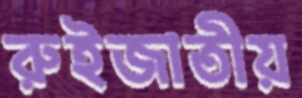
রুইজাতীয়